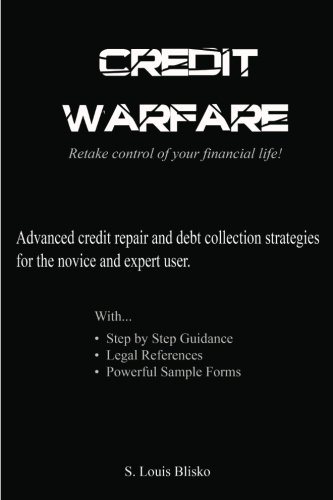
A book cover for Credit Warfare: Advanced Credit Repair and Debt Collection Strategies for the Novice and Expert User, Vol. 1; S. Louis Blisko; Business & Money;